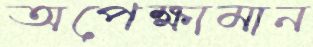
অপেক্ষামান